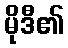
မိုဒီ၏